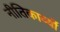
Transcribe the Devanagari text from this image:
नीतिकाव्यों